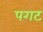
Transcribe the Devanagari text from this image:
पगट